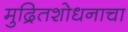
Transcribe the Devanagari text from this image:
मुद्रितशोधनाचा